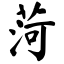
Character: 菏